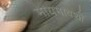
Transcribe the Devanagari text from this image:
मायमावशी